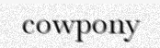
cowpony